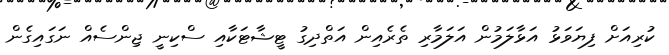
ކުރިއަށް ފިޔަވަޅު އަޅާލަމުން އަލަމާރި ތެރެއިން އަތްދިގު ޓީޝާޓަކާއި ސްކިނީ ޖިންސެއް ނަގައިގެން